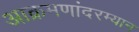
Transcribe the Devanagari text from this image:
आक्रमणांदरम्यान